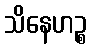
သိနေဟဉ္စ